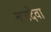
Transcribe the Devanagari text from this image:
नागदेवा